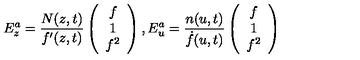
E _ { z } ^ { a } = \frac { N ( z , t ) } { f ^ { \prime } ( z , t ) } \left( \begin{array} { c } { f } \\ { 1 } \\ { f ^ { 2 } } \\ \end{array} \right) , E _ { u } ^ { a } = \frac { n ( u , t ) } { \dot { f } ( u , t ) } \left( \begin{array} { c } { f } \\ { 1 } \\ { f ^ { 2 } } \\ \end{array} \right)